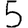
Digit: 5